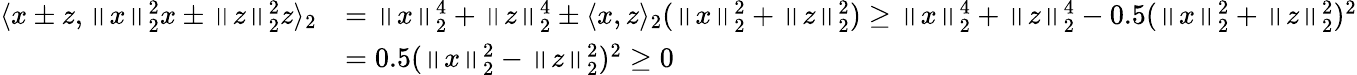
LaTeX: \begin{array}{rl}{\langle x\pm z,\left\| x\right\| _{2}^{2}x\pm\left\| z\right\| _{2}^{2}z\rangle_{2}}&{=\left\| x\right\| _{2}^{4}+\left\| z\right\| _{2}^{4}\pm\langle x,z\rangle_{2}(\left\| x\right\| _{2}^{2}+\left\| z\right\| _{2}^{2})\geq\left\| x\right\| _{2}^{4}+\left\| z\right\| _{2}^{4}-0.5(\left\| x\right\| _{2}^{2}+\left\| z\right\| _{2}^{2})^{2}}\\ &{=0.5(\left\| x\right\| _{2}^{2}-\left\| z\right\| _{2}^{2})^{2}\geq 0}\end{array}